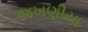
જખણીયા